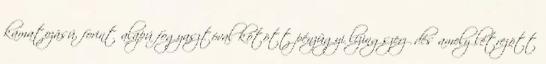
kamatozású, forint alapú fogyasztóval kötött pénzügyi lízingszerződés amely létrejött